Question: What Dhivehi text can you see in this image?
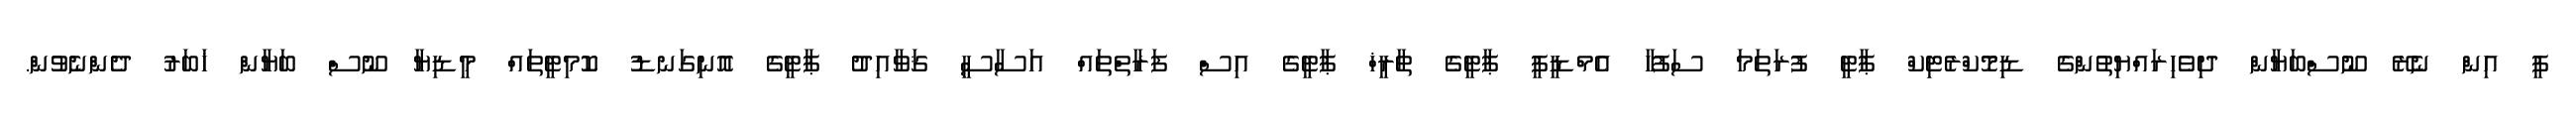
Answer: ޕީ އިން ނެރޭ ނޫސްބަޔާން ދިވެހިރައްޔިތުންގެ ޑިމޮކްރެޓިކް ޕާޓީ ފުރަތަމަ ސަފުހާ އެމްޑީޕީ ޕާޓީގެ ތާރީޚް ޕާޓީގެ އިސް ފަރާތްތައް އަސާސީ ޤަވާއިދު ޕާޓީގެ އޮނިގަނޑު ކޮމިޓީތައް މީޑިޔާ ނޫސް ބަޔާން ޚަބަރު ދެންނެވުން.